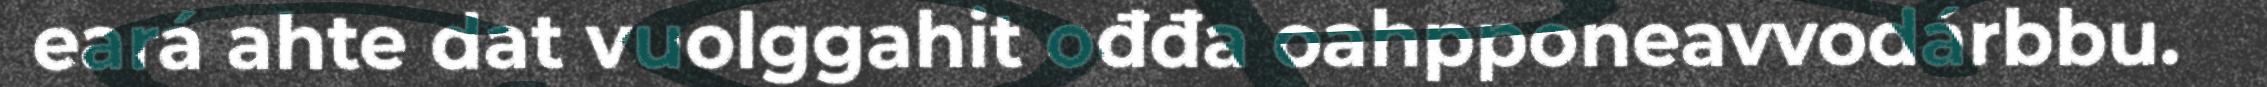
eará ahte dat vuolggahit ođđa oahpponeavvodárbbu.